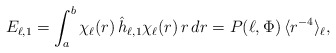
\begin{align*} E_{\ell,1}=\int_a^b \chi_\ell(r)\,\hat{h}_{\ell,1} \chi_\ell(r)\,r\,dr = P(\ell,\Phi) \, \langle r^{-4}\rangle_\ell,\end{align*}